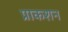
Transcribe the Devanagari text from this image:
प्राकशन